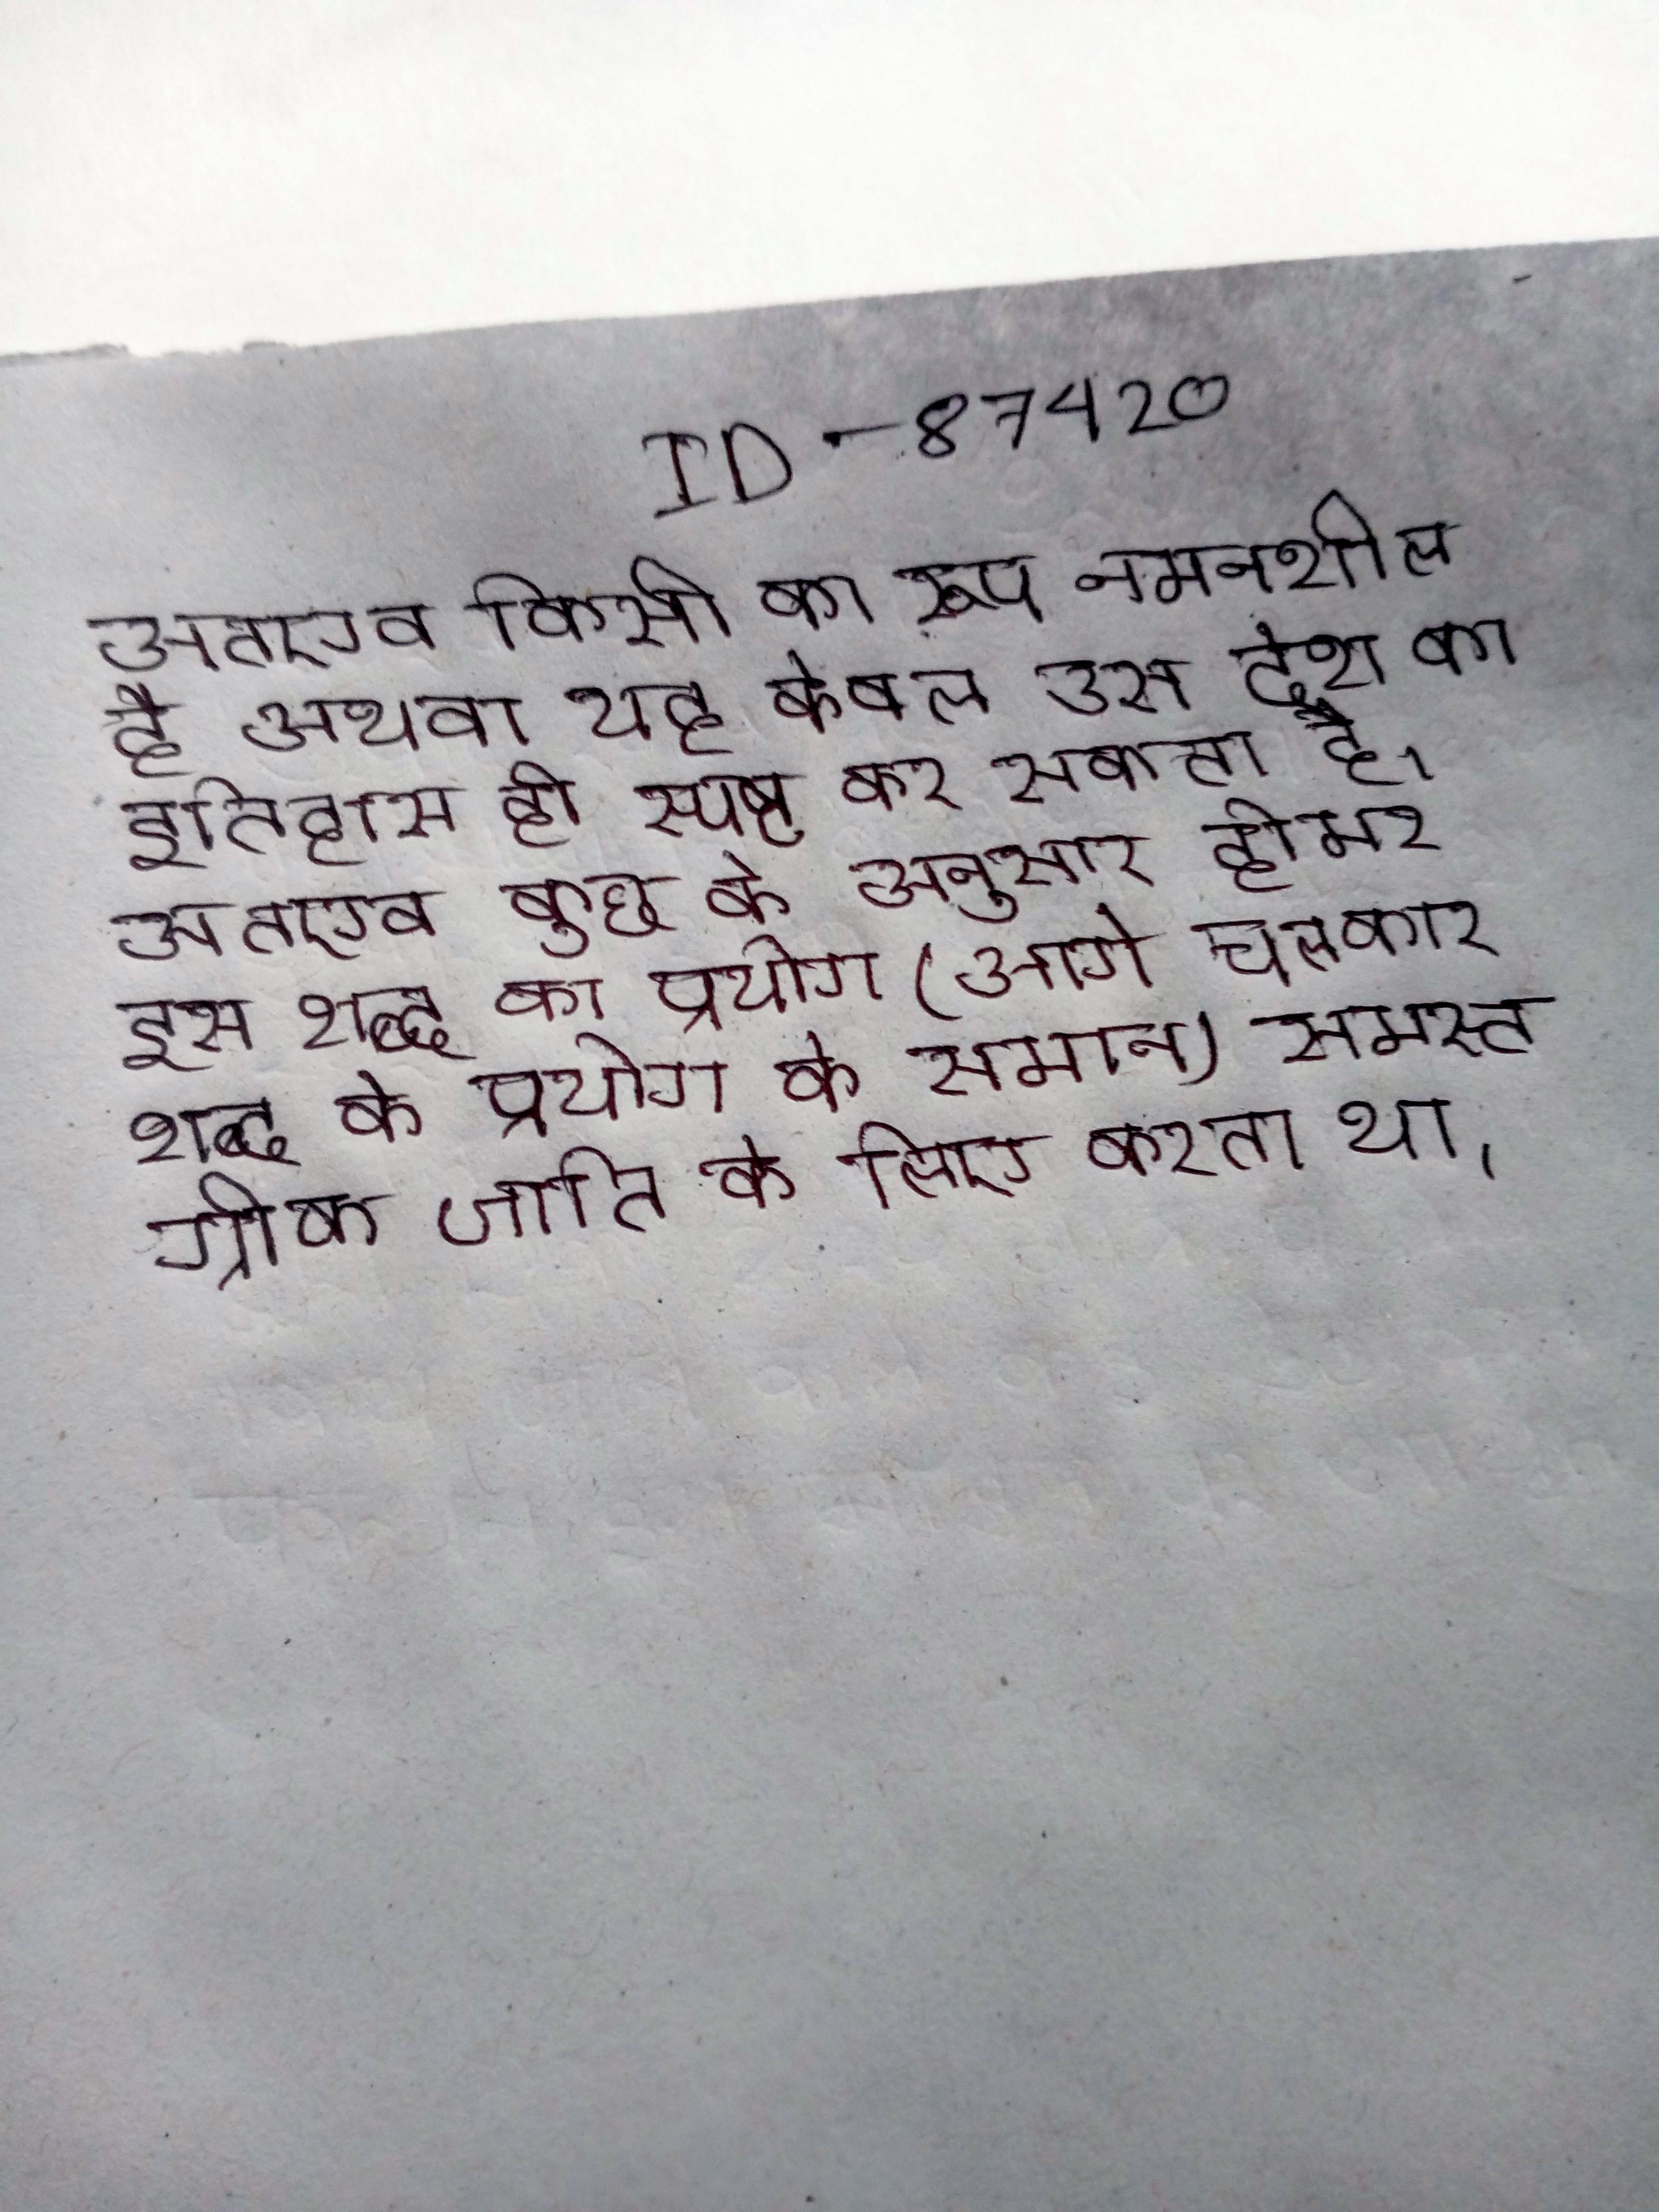
अतएव किसी का रूप नमनशील है अथवा यह केवल उस देश का इतिहास ही स्पष्ट कर सकता है । अतएव कुछ के अनुसार होमर इस शब्द का प्रयोग (आगे चलकर शब्द के प्रयोग के समान) समस्त ग्रीक जाति के लिए करता था ।